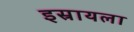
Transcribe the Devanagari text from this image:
इस्रायला